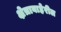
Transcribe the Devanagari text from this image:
क्षेत्राबाहेरील